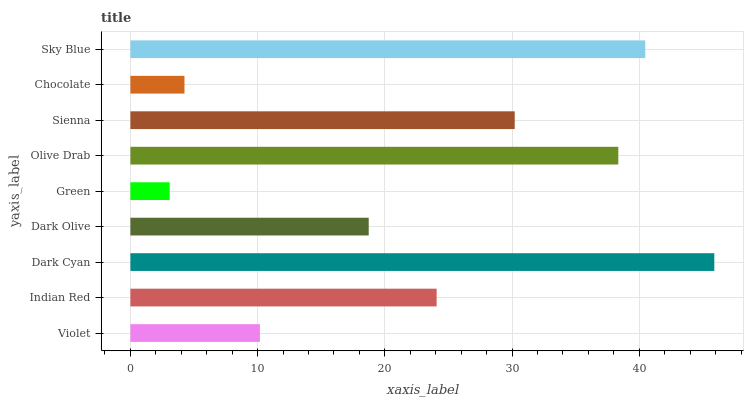
| yaxis_label | bars |
 | --- | --- |
 | Violet | 10.2 |
 | Indian Red | 24.1 |
 | Dark Cyan | 45.9 |
 | Dark Olive | 18.7 |
 | Green | 3.09 |
 | Olive Drab | 38.4 |
 | Sienna | 30.2 |
 | Chocolate | 4.25 |
 | Sky Blue | 40.5 |